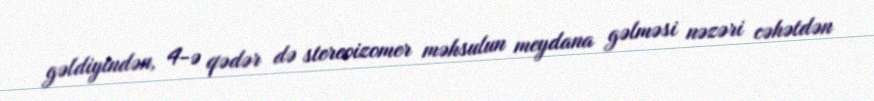
gəldiyindən, 4-ə qədər də stereoizomer məhsulun meydana gəlməsi nəzəri cəhətdən